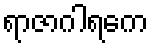
ရာဇာဂါရကေ